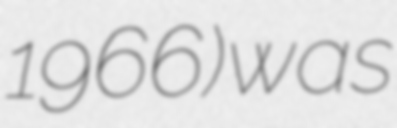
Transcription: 1966) was